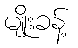
မျိုးခန့်